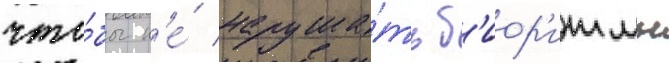
что́бы н'е́ наруша́ть б'иор'итмы